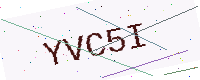
Text: YVC5I